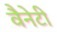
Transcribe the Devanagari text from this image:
वैनेटी